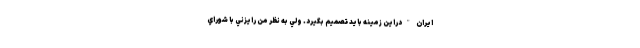
ايران "دراين زمينه بايد تصميم بگيرد. ولي به نظر من رايزني با شوراي